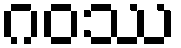
ဂဝဿ